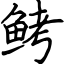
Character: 鲓